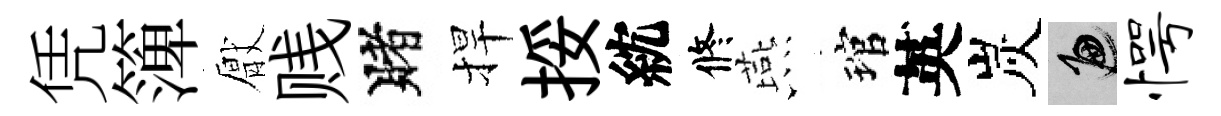
凭𥱼厭贱賭捍挼紞修燕琯英炭遍愕